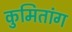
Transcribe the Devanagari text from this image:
कुमितांग